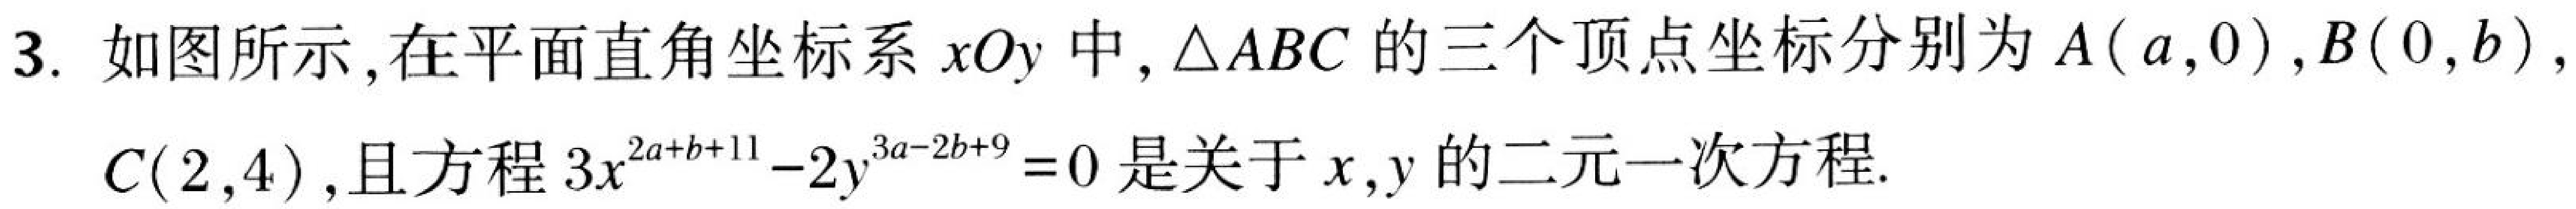
3. 如图所示,在平面直角坐标系\(xOy\)中,\(\triangle ABC\)的三个顶点坐标分别为\(A(a,0)\),\(B(0,b)\),
\(C(2,4)\),且方程\(3x^{2a + b + 11}-2y^{3a - 2b + 9}=0\)是关于\(x,y\)的二元一次方程.